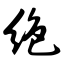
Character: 绝